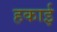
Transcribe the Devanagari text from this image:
हकाई